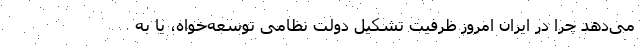
می‌دهد چرا در ایران امروز ظرفیت تشکیل دولت نظامی توسعه‌خواه، یا به